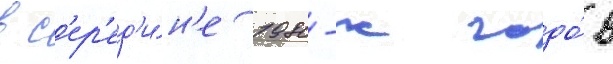
в с'ер'ед'и́н'е 1980-х годо́в